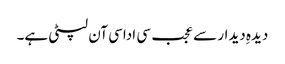
دیدہِ دیدار سے عجب سی اداسی آن لپٹی ہے۔